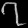
Digit: ၇